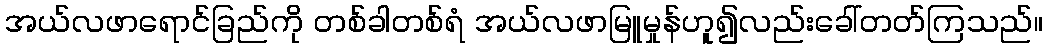
အယ်လဖာရောင်ခြည်ကို တစ်ခါတစ်ရံ အယ်လဖာမြူမှုန်ဟူ၍လည်းခေါ်တတ်ကြသည်။